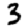
Digit: 3